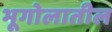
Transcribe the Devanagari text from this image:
भूगोलातील